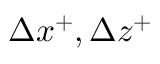
\Delta x ^ { + } , \Delta z ^ { + }